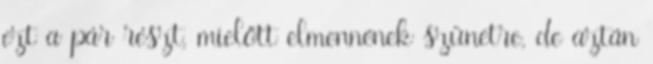
ezt a pár részt, mielőtt elmennének szünetre, de aztán